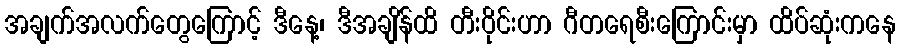
အချက်အလက်တွေကြောင့် ဒီနေ့၊ ဒီအချိန်ထိ တီးဝိုင်းဟာ ဂီတရေစီးကြောင်းမှာ ထိပ်ဆုံးကနေ